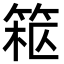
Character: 𥮹